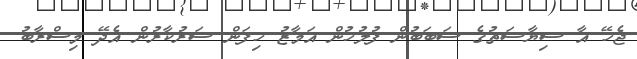
ޖެހޭ އާ ސިޔާސަތުގެ ސަބަބުން ފުލުހުން އަމާޒު ހިފަން ސަރުކާރުން އެދޭ މިސްރާބު